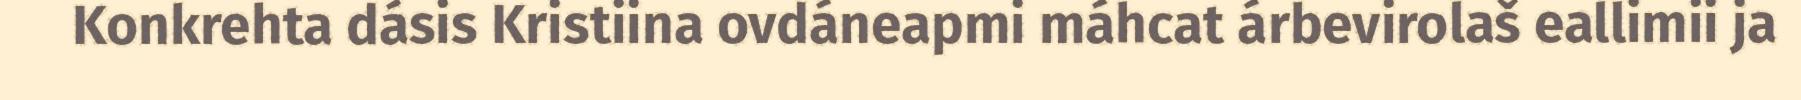
Konkrehta dásis Kristiina ovdáneapmi máhcat árbevirolaš eallimii ja